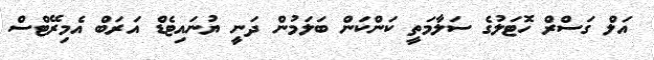
އަލް ގަސްރް ހޮޓަލުގެ ސަލާމަތީ ކަންކަން ބަލަމުން ދަނީ ޔުނައިޓެޑް އަރަބް އެމިރޭޓްސް